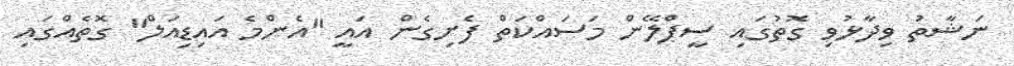
ނަޝާތު ވިދާޅުވި ގޮތުގައި ސީޕްލޭން މަސައްކަތް ފެށިގެން އައީ "އެންމެ އައިޑިއަލް" ގޮތެއްގައި